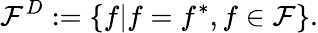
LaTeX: {\cal F}^{D}:=\{ f|f=f^{*},f\in{\cal F}\} .